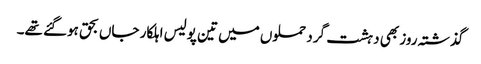
گذشتہ روز بھی دہشت گرد حملوں میں تین پولیس اہلکار جاں بحق ہوگئے تھے۔